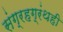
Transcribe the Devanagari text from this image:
संग्रहग्रंथही